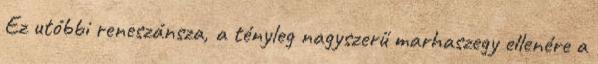
Ez utóbbi reneszánsza, a tényleg nagyszerű marhaszegy ellenére a